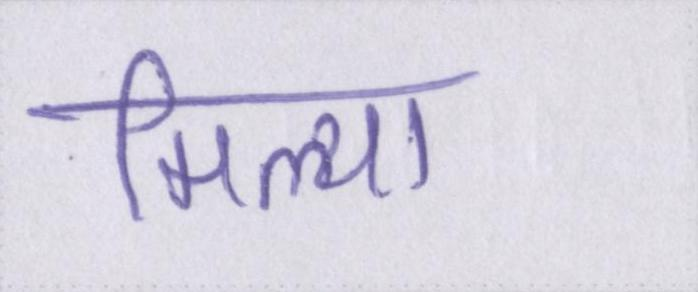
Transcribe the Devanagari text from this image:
मिल्या